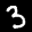
Label: 3